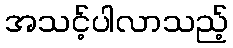
အသင့်ပါလာသည့်